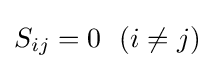
S_{ij}=0\ \ (i\neq j)